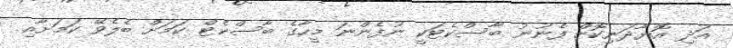
އަދި އޮޔާދަނިކޮށް ފެނުނު ބާސްކެޓަކީ ނުފެންނަ މީހާގެ ބާސްކެޓް ކަމަށް ބެލެވޭ ކަމަށާއި